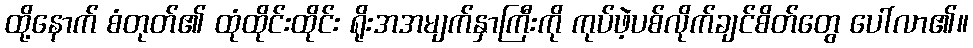
ထို့နောက် စံတုတ်၏ ထုံထိုင်းထိုင်း ရိုးအအမျက်နှာကြီးကို ကုပ်ဖဲ့ပစ်လိုက်ချင်စိတ်တွေ ပေါ်လာ၏။